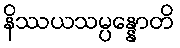
နိဿယသမ္ပန္နောတိ